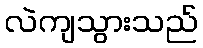
လဲကျသွားသည်